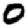
Digit: 0